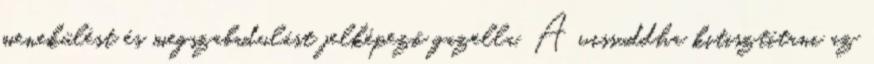
menekülést és megszabadulást jelképező gazella. A vissuddha kitisztítani az